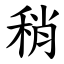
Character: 稍